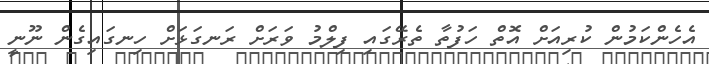
އެހެންކަމުން ކުރިއަށް އޮތް ހަފުތާ ތެރޭގައި ފިލްމު ވަރަށް ރަނގަޅަށް ހިނގައިގެން ނޫނީ